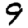
Digit: 9